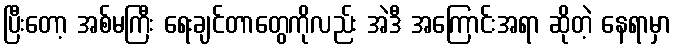
ပြီးတော့ အစ်မကြီး ရေးချင်တာတွေကိုလည်း အဲဒီ အကြောင်းအရာ ဆိုတဲ့ နေရာမှာ